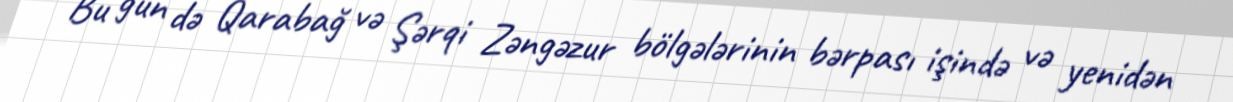
Bu gün də Qarabağ və Şərqi Zəngəzur bölgələrinin bərpası işində və yenidən